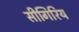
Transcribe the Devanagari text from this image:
सीगिरिय